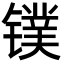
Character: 镤